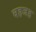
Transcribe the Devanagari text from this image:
वहजह